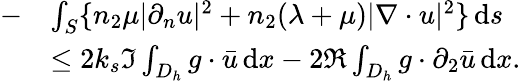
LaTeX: \begin{array}{rl}{-}&{\int_{S}\{ n_{2}\mu|\partial_{n}u|^{2}+n_{2}(\lambda+\mu)|\nabla\cdot u|^{2}\} \, \mathrm{d}s}\\ &{\le 2k_{s}\Im\int_{D_{h}}g\cdot\bar{u}\, \mathrm{d}x-2\Re\int_{D_{h}}g\cdot\partial_{2}\bar{u}\, \mathrm{d}x.}\end{array}